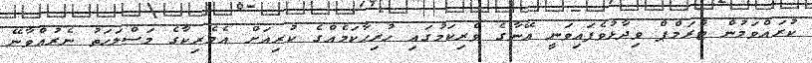
ކުރައްވަމުން ޓްރަމްޕް ވިދާޅުވެފައިވަނީ އޭނާގެ ވެރިކަމުގައި ހުރިހާކަމެއްގެ ކުރިއަށް އެމެރިކާގެ މަސްލަހަތު ނެރުއްވާނޭ